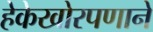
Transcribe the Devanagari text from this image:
हेकेखोरपणाने